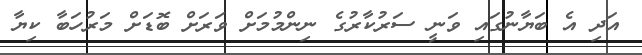
އަދި އެ ބަޔާނުގައި ވަނީ ސަރުކާރުގެ ނިންމުމަށް ވަރަށް ބޮޑަށް މަރުހަބާ ކިޔާ